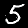
Label: 5